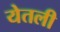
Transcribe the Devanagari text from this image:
येतली